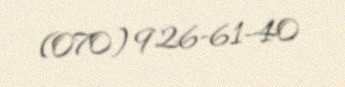
(070) 926-61-40